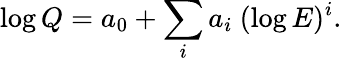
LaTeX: \log Q=a_{0}+\sum_{i}a_{i}~(\log E)^{i}.